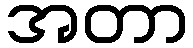
အတာ